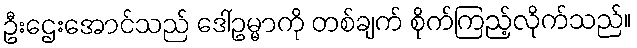
ဦးဌေးအောင်သည် ဒေါ်ဥမ္မာကို တစ်ချက် စိုက်ကြည့်လိုက်သည်။